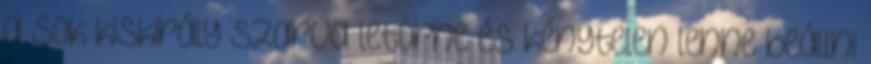
a sok kiskirály szarva letörne és kénytelen lenne beállni